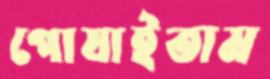
পোষাইতাম